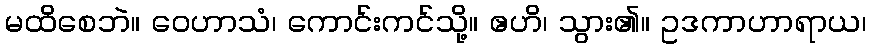
မထိစေဘဲ။ ဝေဟာသံ၊ ကောင်းကင်သို့။ ဧဟိ၊ သွား၏။ ဥဒကာဟာရာယ၊